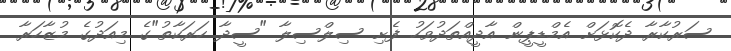
ސަރުކާރާ ދެކޮޅަށް އެމްޑީޕީން އާދީއްތަދުވަހު ފެށި ސިލްސިލާ "ސީދާ ހަރަކާތު"ގެ މިއަދުގެ މުޒާހަރާ